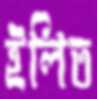
ইলিত